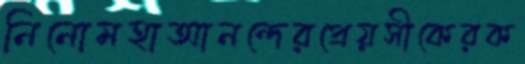
নিনোমহাআনন্দেরপ্রেয়সীকেরক